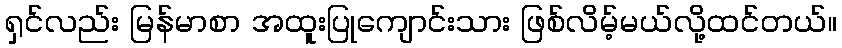
ရှင်လည်း မြန်မာစာ အထူးပြုကျောင်းသား ဖြစ်လိမ့်မယ်လို့ထင်တယ်။